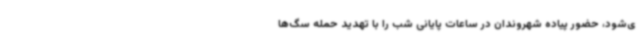
ی‌شود، حضور پیاده شهروندان در ساعات پایانی شب را با تهدید حمله سگ‌ها